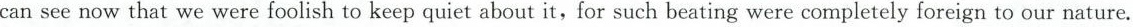
can see now that we were foolish to keep quiet about it,for such beating were completely foreign to our nature.